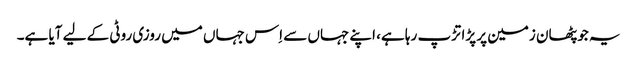
یہ جو پٹھان زمین پر پڑا تڑپ رہا ہے، اپنے جہاں سے اِس جہاں میں روزی روٹی کے لیے آیا ہے۔